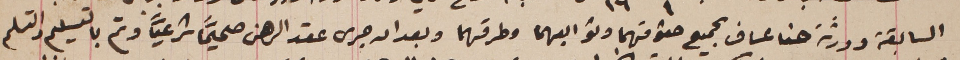
السابقة وورثة حنا عساف بجميع حقوقهما وتوابعهما وطرقهما وبعد ان جرى عقد الرهن صحيحاً شرعياً وتم بالتسليم والتسلم